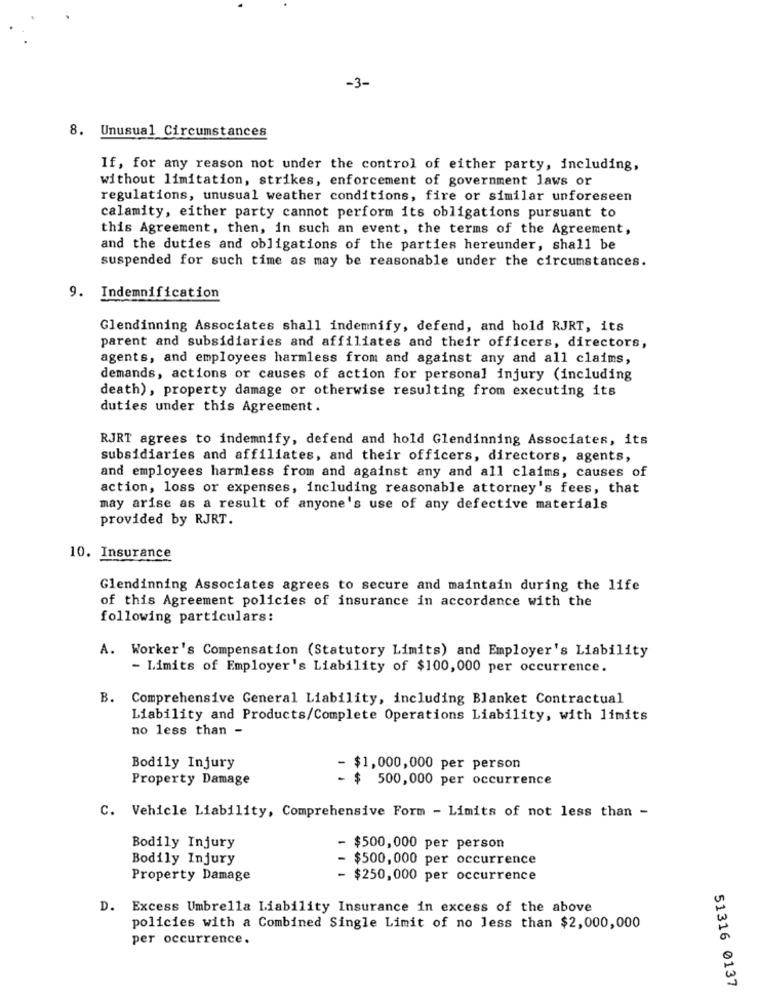
-3-
8. Unusual Circumstances
If, for any reason not under the control of either party, including,
without limitation, strikes, enforcement of government laws or
regulations, unusual weather conditions, fire or similar unforeseen
calamity, either party cannot perform its obligations pursuant to
this Agreement, then, in such an event, the terms of the Agreement,
and the duties and obligations of the parties hereunder, shall be
suspended for such time as may be reasonable under the circumstances.
Indemnification
Glendinning Associates shall indemnify, defend, and hold RJRT, its
parent and subsidiaries and affiliates and their officers, directors,
agents, and employees harmless from and against any and all claims,
demands, actions or causes of action for personal injury (including
death), property damage or otherwise resulting from executing its
duties under this Agreement.
RJRT agrees to indemnify, defend and hold Glendinning Associates, its
subsidiaries and affiliates, and their officers, directors, agents,
and employees harmless from and against any and all claims, causes of
action, loss or expenses, including reasonable attorney's fees, that
may arise as a result of anyone's use of any defective materials
provided by RJRT.
10. Insurance
Glendinning Associates agrees to secure and maintain during the life
of this Agreement policies of insurance in accordance with the
following particulars:
A. Worker's Compensation (Statutory Limits) and Employer's Liability
- Limits of Employer's Liability of $100,000 per occurrence.
B. Comprehensive General Liability, including Blanket Contractual
Liability and Products/Complete Operations Liability, with limits
no less than -
Bodily Injury
- $1,000,000 per person
Property Damage
- $ 500,000 per occurrence
C. Vehicle Liability, Comprehensive Form - Limits of not less than -
Bodily Injury
- $500,000 per person
Bodily Injury
- $500,000 per occurrence
Property Damage
- $250,000 per occurrence
D. Excess Umbrella Liability Insurance in excess of the above
policies with a Combined Single Limit of no less than $2,000,000
per occurrence.
51316 0137